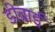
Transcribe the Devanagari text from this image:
डीव्राई